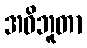
အဓိဘူတာ